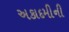
અકાદમીની